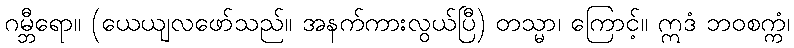
ဂမ္ဘီရော။ (ယေယျလဖော်သည်။ အနက်ကားလွယ်ပြီ) တသ္မာ၊ ကြောင့်။ ဣဒံ ဘဝစက္ကံ၊